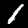
Digit: 1